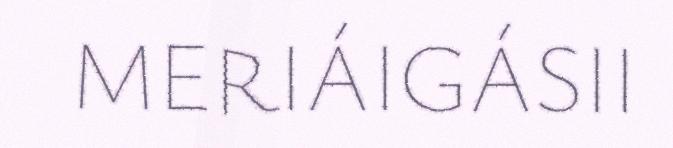
MERIÁIGÁSII